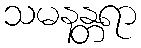
သမနန္တရာ